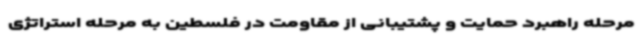
مرحله راهبرد حمایت و پشتیبانی از مقاومت در فلسطین به مرحله استراتژی